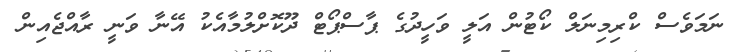
ނަމަވެސް ކްރިމިނަލް ކޯޓުން އަލީ ވަހީދުގެ ޕާސްޕޯޓް ދޫކޮށްލުމާއެކު އޭނާ ވަނީ ރާއްޖެއިން